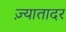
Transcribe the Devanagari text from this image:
ज़्यातादर